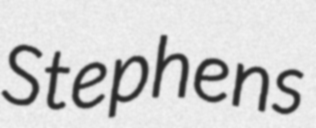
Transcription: Stephens